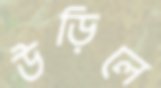
উড়িলে